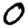
Digit: 0